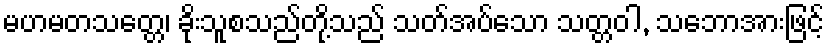
မဟမတသတ္တေ၊ ခိုးသူစသည်တို့သည် သတ်အပ်သော သတ္တဝါ, သဘောအားဖြင့်